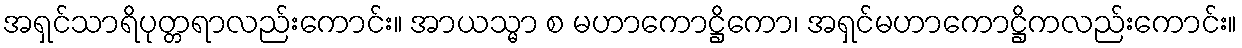
အရှင်သာရိပုတ္တရာလည်းကောင်း။ အာယသ္မာ စ မဟာကောဋ္ဌိကော၊ အရှင်မဟာကောဋ္ဌိကလည်းကောင်း။